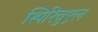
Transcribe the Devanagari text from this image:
स्पिरिचुएल